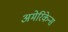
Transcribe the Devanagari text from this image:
अमेरिकेन्स